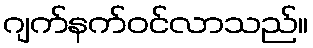
ဂျက်နက်ဝင်လာသည်။